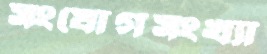
সংযোগসংখ্যা